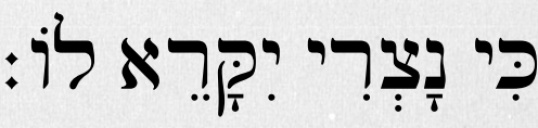
כִּי נָצְרִי יִקָּרֵא לוֹ׃